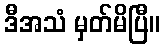
ဒီအသံ မှတ်မိပြီ။